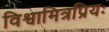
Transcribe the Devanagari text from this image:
विश्वामित्रप्रियः